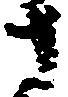
さ